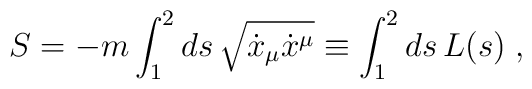
S = -m \int_1^2 ds \, \sqrt{\dot x_\mu \dot x^\mu} \equiv   \int_1^2 ds \, L(s) \; ,